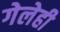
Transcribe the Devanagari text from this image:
गेलेही